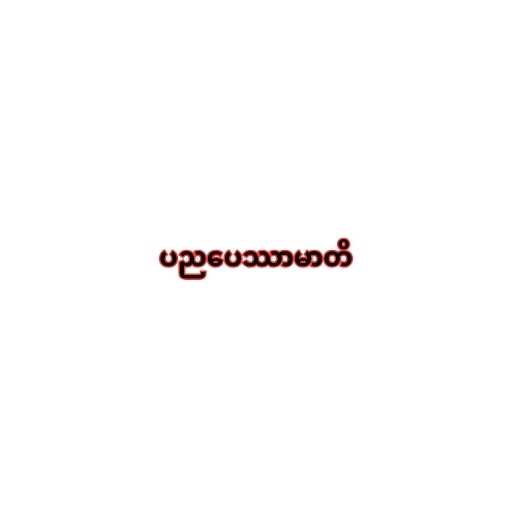
ပညပေဿာမာတိ